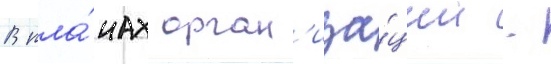
В пла́нах орган'иза́ции -